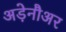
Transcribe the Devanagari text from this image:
अड़ेनौअर